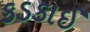
કડકાઈ